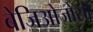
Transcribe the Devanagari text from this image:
बेजिओजोसो